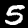
Digit: 5